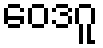
ဝေဒဂူ